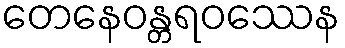
တေနေဝန္တရဝဿေန